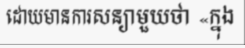
ដោយមានការសន្យាមួយថា «ក្នុង